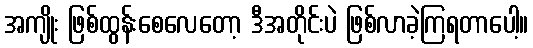
အကျိုး ဖြစ်ထွန်းစေလေတော့ ဒီအတိုင်းပဲ ဖြစ်လာခဲ့ကြရတာပေါ့။